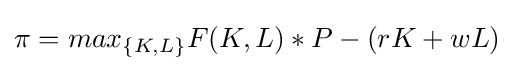
\pi =max_{\{K,L\}}F(K,L)*P-(rK+wL)